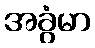
အခွံမာ